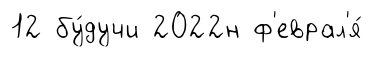
12 бу́дучи 2022н ф'еврал'я́